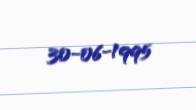
30-06-1995